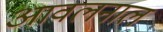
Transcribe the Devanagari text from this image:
आवलनाल